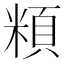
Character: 頪